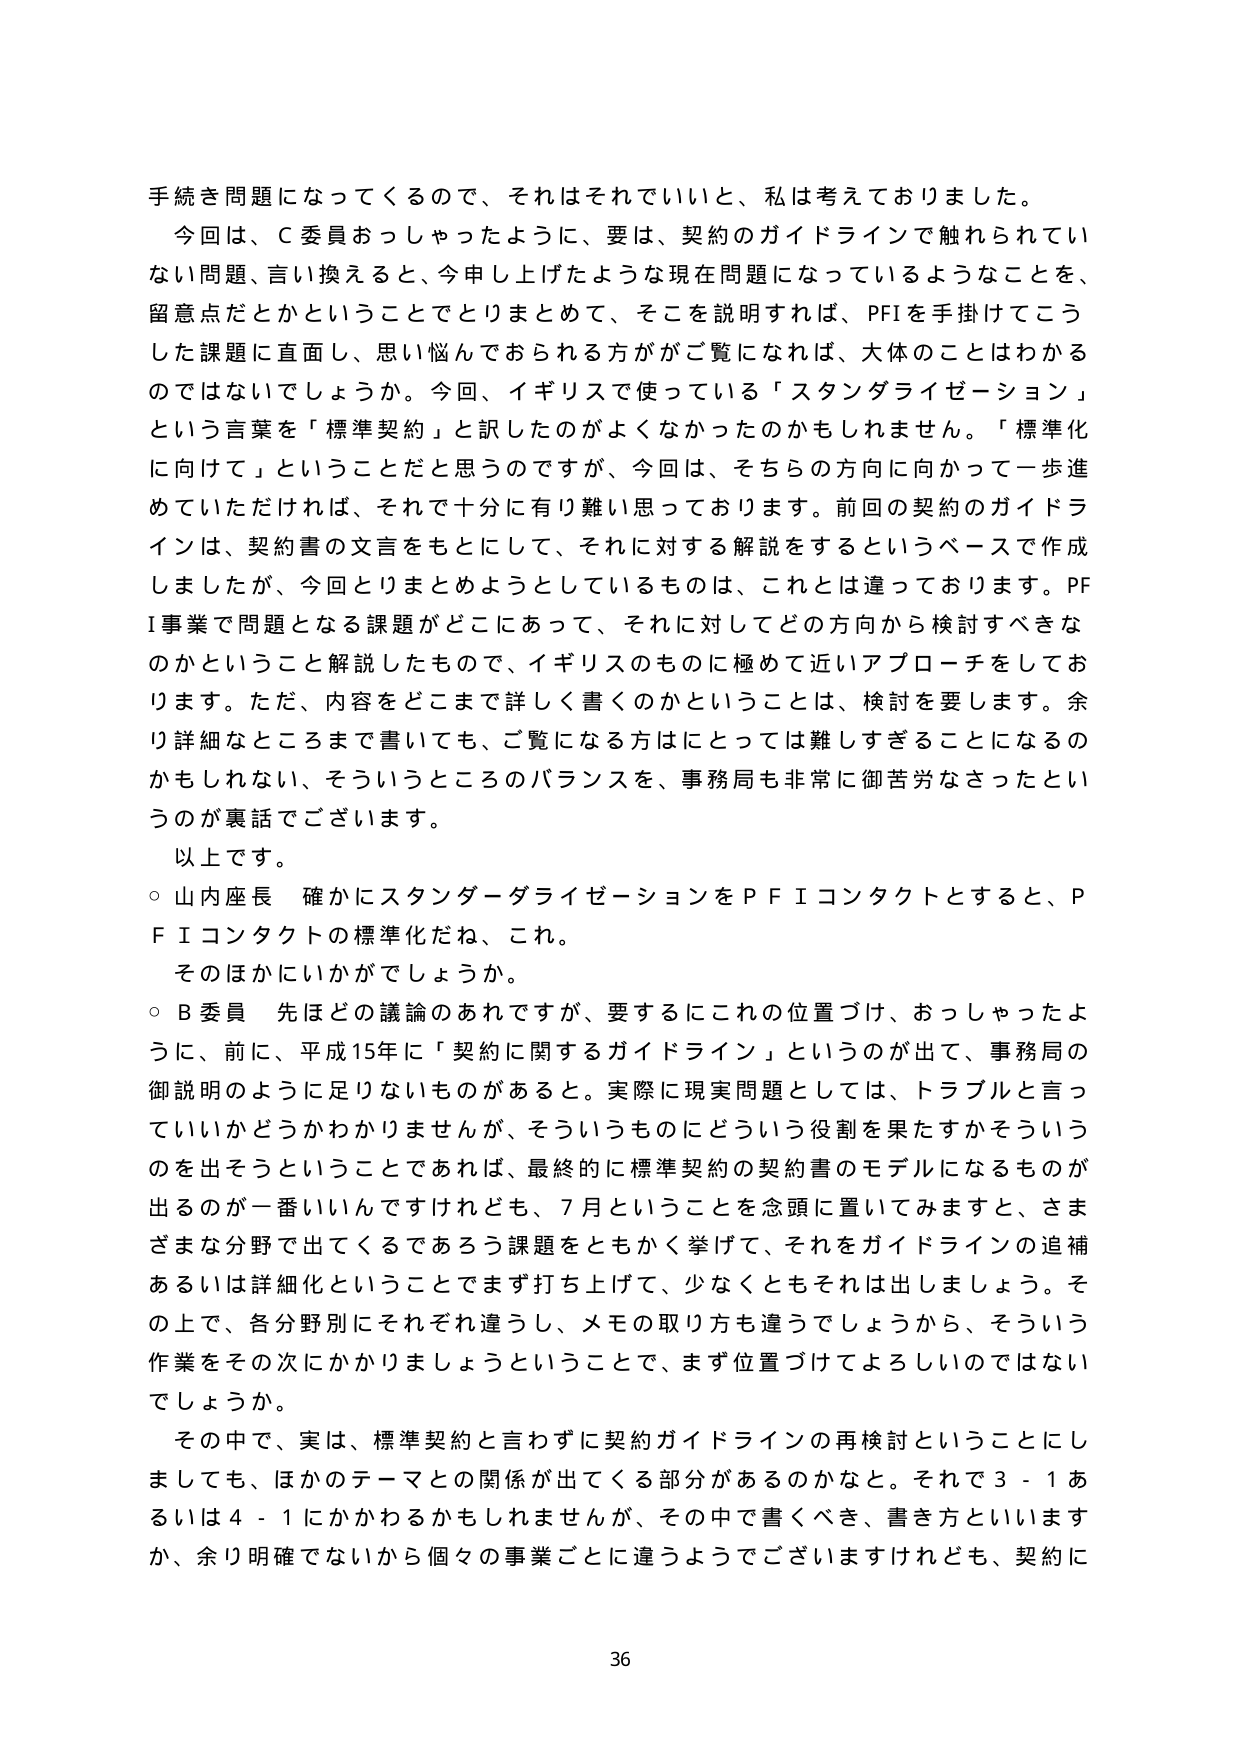
手続き問題になってくるので、それはそれでいいと、私は考えておりました。
今回は、Ｃ委員おっしゃったように、要は、契約のガイドラインで触れられていない問題、言い換えると、今申し上げたような現在問題になっているようなことを、留意点だとかということでとりまとめて、そこを説明すれば、PFIを手掛けてこうした課題に直面し、思い悩んでおられる方がご覧になれば、大体のことはわかるのではないでしょうか。今回、イギリスで使っている「スタンダライゼーション」という言葉を「標準契約」と訳したのがよくなかったのかもしれません。「標準化に向けて」ということだと思うのですが、今回は、そちらの方向に向かって一歩進めていただければ、それで十分に有り難いと思っております。前回の契約のガイドラインは、契約書の文言をもとにして、それに対する解説をするというベースで作成しましたが、今回とりまとめようとしているものは、これとは違っております。PFI事業で問題となる課題がどこにあって、それに対してどの方向から検討すべきなのかということを解説したもので、イギリスのものに極めて近いアプローチをしております。ただ、内容をどこまで詳しく書くのかということは、検討を要します。余り詳細なところまで書いても、ご覧になる方にとっては難しすぎることになるのかもしれない、そういうところのバランスを、事務局も非常に御苦労なさったというのが裏話でございます。
以上です。
○ 山内座長 確かにスタンダーダライゼーションをＰＦＩコンタクトとすると、ＰＦＩコンタクトの標準化だね、これ。
そのほかにいかがでしょうか。
○ Ｂ委員 先ほどの議論のあれですが、要するにこれの位置づけ、おっしゃったように、前に、平成15年に「契約に関するガイドライン」というのが出て、事務局の御説明のように足りないものがあると。実際に現実問題としては、トラブルと言っていいかどうかわかりませんが、そういうものにどういう役割を果たすかそういうのを出そうということであれば、最終的に標準契約の契約書のモデルになるものがでるのが一番いいんですけども、7月ということを念頭に置いてみますと、さまざまな分野で出てくるであろう課題をともかく挙げて、それをガイドラインの追補あるいは詳細化ということでまず打ち上げて、少なくともそれは出しましょう。その上で、各分野別にそれぞれ違うし、メモの取り方も違うでしょうから、そういう作業をその次にかかりましょうということで、まず位置づけてよろしいのではないでしょうか。
その中で、実は、標準契約と言わずに契約ガイドラインの再検討ということにしましても、ほかのテーマとの関係が出てくる部分があるのかなと。それで3－1あるいは4－1にかかわるかもしれませんが、その中で書くべき、書き方といいますか、余り明確でないから個々の事業ごとに違うようでございますけれども、契約に
36